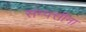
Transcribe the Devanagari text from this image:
संम्पत्तीना